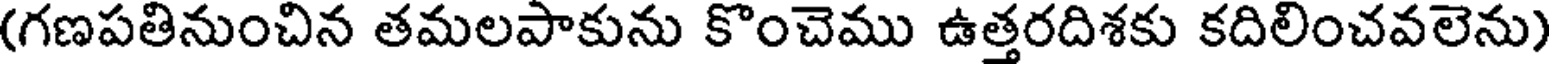
(గణపతినుంచిన తమలపాకును కొంచెము ఉత్తరదిశకు కదిలించవలెను)